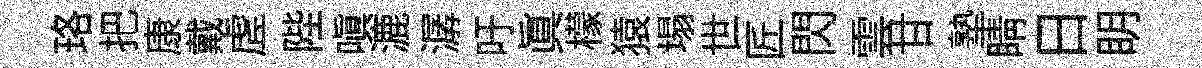
珞把康戴虗陛嗔漉潺吁真檬猿塌世匠閃雲甘塾睛日眀